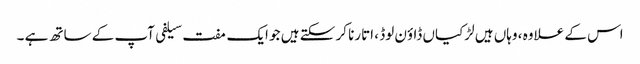
اس کے علاوہ ، وہاں ہیں لڑکیاں ڈاؤن لوڈ ، اتارنا کر سکتے ہیں جو ایک مفت سیلفی آپ کے ساتھ ہے ۔